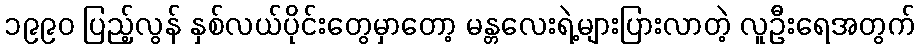
၁၉၉၀ ပြည့်လွန် နှစ်လယ်ပိုင်းတွေမှာတော့ မန္တလေးရဲ့များပြားလာတဲ့ လူဦးရေအတွက်